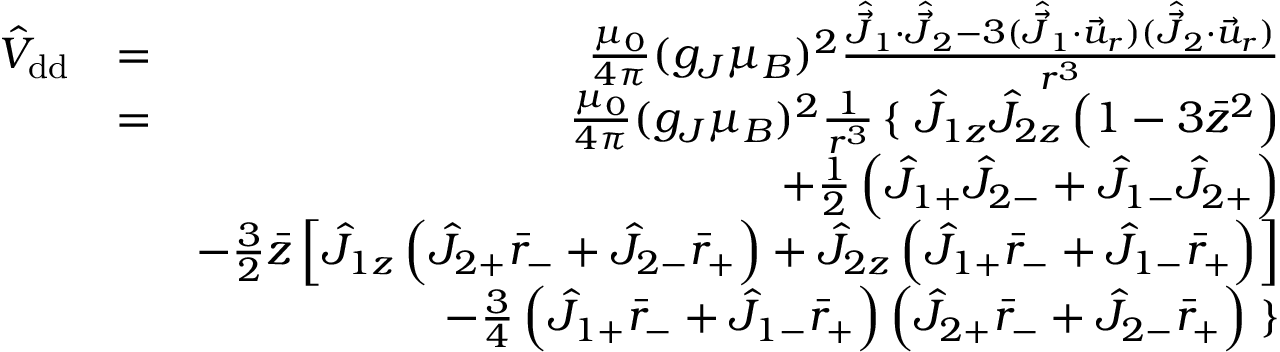
\begin{array} { r l r } { \hat { V } _ { \mathrm { { d d } } } } & { = } & { \frac { \mu _ { 0 } } { 4 \pi } ( g _ { J } \mu _ { B } ) ^ { 2 } \frac { \hat { \vec { J } } _ { 1 } \cdot \hat { \vec { J } } _ { 2 } - 3 ( \hat { \vec { J } } _ { 1 } \cdot \vec { u } _ { r } ) ( \hat { \vec { J } } _ { 2 } \cdot \vec { u } _ { r } ) } { r ^ { 3 } } } \\ & { = } & { \frac { \mu _ { 0 } } { 4 \pi } ( g _ { J } \mu _ { B } ) ^ { 2 } \frac { 1 } { r ^ { 3 } } \left\{ \right. \hat { J } _ { 1 z } \hat { J } _ { 2 z } \left( 1 - 3 \bar { z } ^ { 2 } \right) } \\ & { } & { + \frac { 1 } { 2 } \left( \hat { J } _ { 1 + } \hat { J } _ { 2 - } + \hat { J } _ { 1 - } \hat { J } _ { 2 + } \right) } \\ & { } & { - \frac { 3 } { 2 } \bar { z } \left[ \hat { J } _ { 1 z } \left( \hat { J } _ { 2 + } \bar { r } _ { - } + \hat { J } _ { 2 - } \bar { r } _ { + } \right) + \hat { J } _ { 2 z } \left( \hat { J } _ { 1 + } \bar { r } _ { - } + \hat { J } _ { 1 - } \bar { r } _ { + } \right) \right] } \\ & { } & { - \frac { 3 } { 4 } \left( \hat { J } _ { 1 + } \bar { r } _ { - } + \hat { J } _ { 1 - } \bar { r } _ { + } \right) \left( \hat { J } _ { 2 + } \bar { r } _ { - } + \hat { J } _ { 2 - } \bar { r } _ { + } \right) \left. \right\} } \end{array}